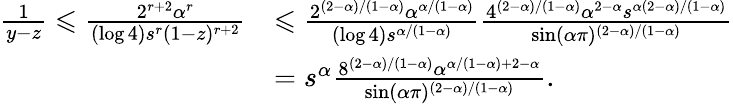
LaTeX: \begin{array}{rl}{\frac{1}{y-z}\leqslant\frac{2^{r+2}\alpha^{r}}{(\log 4)s^{r}(1-z)^{r+2}}}&{\leqslant\frac{2^{(2-\alpha)/(1-\alpha)}\alpha^{\alpha/(1-\alpha)}}{(\log 4)s^{\alpha/(1-\alpha)}}\frac{4^{(2-\alpha)/(1-\alpha)}\alpha^{2-\alpha}s^{\alpha(2-\alpha)/(1-\alpha)}}{\sin(\alpha\pi)^{(2-\alpha)/(1-\alpha)}}}\\ &{=s^{\alpha}\frac{8^{(2-\alpha)/(1-\alpha)}\alpha^{\alpha/(1-\alpha)+2-\alpha}}{\sin(\alpha\pi)^{(2-\alpha)/(1-\alpha)}}.}\end{array}